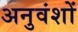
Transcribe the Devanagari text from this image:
अनुवंशों